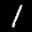
Label: 1